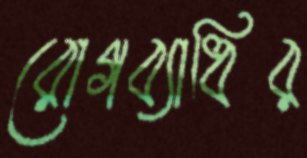
রোগব্যাধির